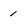
Character: 1